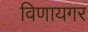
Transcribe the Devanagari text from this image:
विणायगर